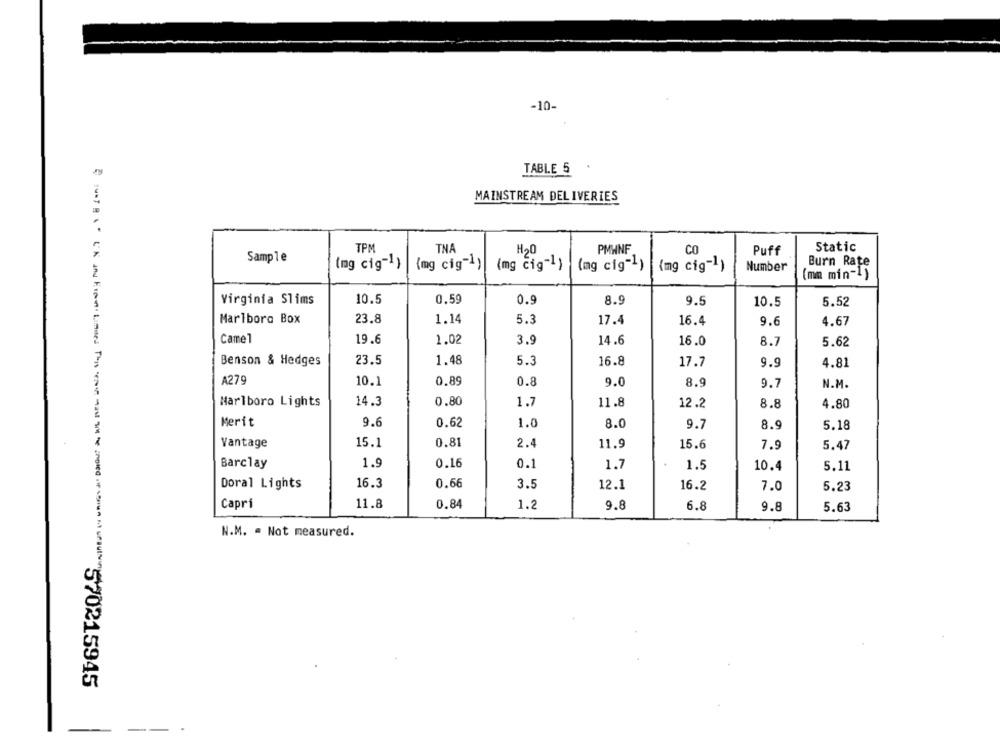
-10-
TABLE 5
MAINSTREAM DELIVERIES
TPM
Static
TNA
H20
PMWNF
CO
Puff
Sample
Burn Rate
(mg cig" }
{mg cig"])
(mg cig"!)
(mg cig-1)
(mg cig"])
Number
(mm min-1 )
Virginia Slims
10.5
0.59
0.9
8.9
9.5
10.5
5.52
Marlboro Box
23.8
1.14
5.3
17.4
16.4
9.6
4.67
Camel
19.6
1.02
3.9
14.6
16.0
8.7
5.62
23.5
1.48
5.3
Benson & Hedges
16.8
17.7
9.9
4.81
A279
10.1
0.89
0.8
9.0
8.9
9.7
N.M.
Marlboro Lights
14.3
0.80
1.7
11.8
12.2
8.8
4.80
Merit
9.6
0.62
1.0
8.0
9.7
8.9
5.18
0.81
Vantage
15.1
2.4
11.9
15.6
7.9
5.47
Barclay
1.9
0.16
0.1
1.7
1.5
10.4
5.11
Doral Lights
16.3
0.66
3.5
12.1
16.2
7.0
5.23
Capri
11.8
0.84
1.2
9.8
6.8
9.8
5.63
N.M. - Not measured.
-
--